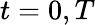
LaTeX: t=0,T